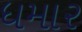
ધમાર